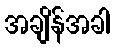
အချိန်အခါ